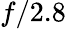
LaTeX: f/2.8